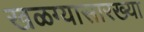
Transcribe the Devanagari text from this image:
खळग्यासारख्या